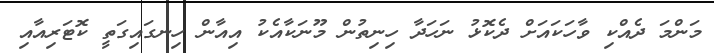
މަންމަ ދެއްކި ވާހަކައަށް ދެކޮޅު ނަހަދާ ހިނިތުން މޫނަކާއެކު އިއާން ހިނގައިގަތީ ކޮޓަރިއާއި